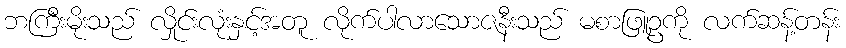
ဘကြီးမိုးသည် လှိုင်းလုံးနှင့်အတူ လိုက်ပါလာသောဇနီးသည် မစာဖြူဥကို လက်ဆန့်တန်း